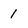
Character: 1